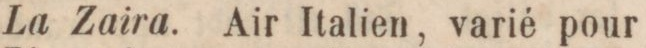
La Zaira. Air Italien, varié pour